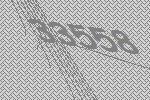
33558